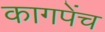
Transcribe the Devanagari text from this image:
कागपेंच